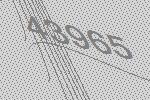
43965